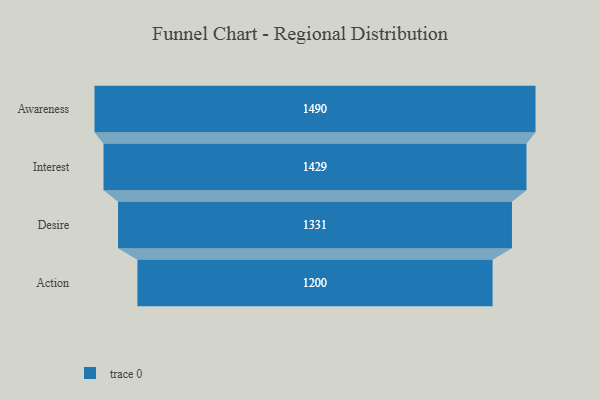
{"axis": {"x": "Stage", "y": "Value"}, "legend": [""], "data": [{"x": "Awareness", "y": 1490.0, "type": ""}, {"x": "Interest", "y": 1429.0, "type": ""}, {"x": "Desire", "y": 1331.0, "type": ""}, {"x": "Action", "y": 1200.0, "type": ""}]}